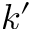
k ^ { \prime }